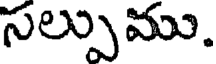
సల్పుము.